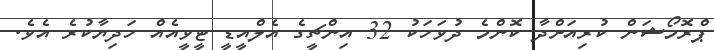
ޕްރޮމޯޝަން ކުރިއަށްދާ ކޮންމެ ދުވަހަކު 32 އިންޗީގެ އެލްއީޑީ ޓީވީއެއް ހަދިޔާކުރެ އެވެ.